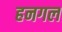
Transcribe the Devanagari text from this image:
हनगल